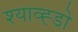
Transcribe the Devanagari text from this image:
श्याव्ह्डो